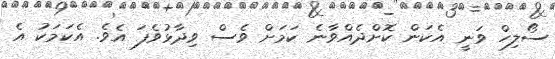
ސޯލިހް ވަނީ އެކަން ކޮށްދެއްވާނެ ކަމަށް ވެސް ވިދާޅުވެފަ އެވެ. އެކަމަކު އެ